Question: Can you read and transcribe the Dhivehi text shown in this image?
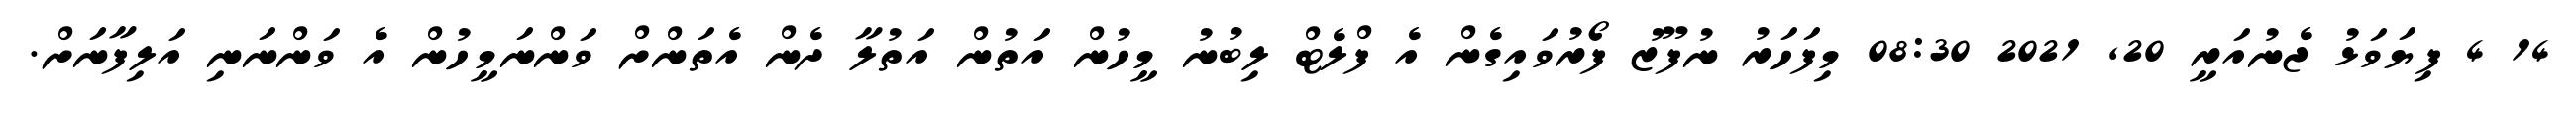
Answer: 14 4 ފިޔަވަޅު ޖެނުއަރީ 20, 2021 08:30 މިފަހަރު ނުފޫޒު ފޯރުވައިގެން އެ ފްލެޓް ލިބުނު މީހުން އަތުން އަތުލާ ދެން އެތަންށް ވަންނަމީހުން އެ ވަންނަނި އަލިފާނަށް.